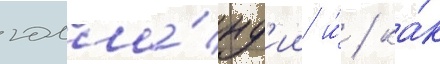
голла́нд'ии и́ / ка́к